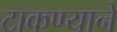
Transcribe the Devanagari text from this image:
टाकण्याने